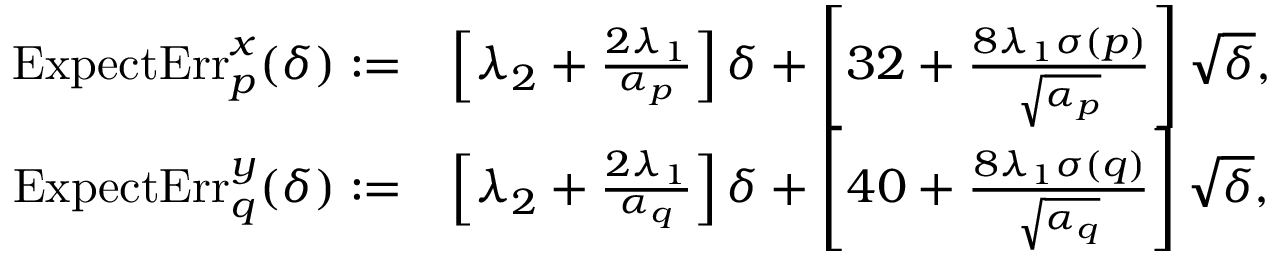
\begin{array} { r l } { \mathrm { E x p e c t E r r } _ { p } ^ { x } ( \delta ) : = } & { \left[ \lambda _ { 2 } + \frac { 2 \lambda _ { 1 } } { \alpha _ { p } } \right] \delta + \left[ 3 2 + \frac { 8 \lambda _ { 1 } \sigma ( p ) } { \sqrt { \alpha _ { p } } } \right] \sqrt { \delta } , } \\ { \mathrm { E x p e c t E r r } _ { q } ^ { y } ( \delta ) : = } & { \left[ \lambda _ { 2 } + \frac { 2 \lambda _ { 1 } } { \alpha _ { q } } \right] \delta + \left[ 4 0 + \frac { 8 \lambda _ { 1 } \sigma ( q ) } { \sqrt { \alpha _ { q } } } \right] \sqrt { \delta } , } \end{array}